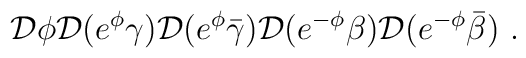
{\cal D}\phi{\cal D}(e^{\phi}\gamma){\cal D}(e^{\phi}\bar{\gamma})       {\cal D}(e^{-\phi}\beta){\cal D}(e^{-\phi}\bar{\beta}) ~.